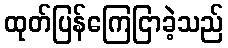
ထုတ်ပြန်ကြေငြာခဲ့သည်